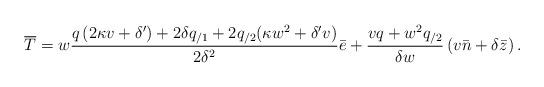
LaTeX: \begin{align*} \overline{T}=w\frac{q\left( 2\kappa v+\delta ^{\prime }\right) +2\delta q_{/1}+2q_{/2}(\kappa w^{2}+\delta ^{\prime }v)}{2\delta ^{2}}\bar{e}+\frac{ vq+w^{2}q_{/2}}{\delta w}\left( v\bar{n}+\delta \bar{z}\right). \end{align*}